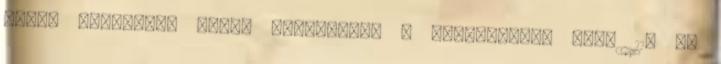
rajz, álmodozó, hívő, erkölcsös. A merőlegesen álló 11. r.